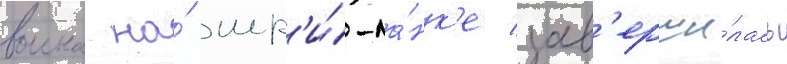
воина на́ шр'и́-ла́нк'е зав'ерши́лась